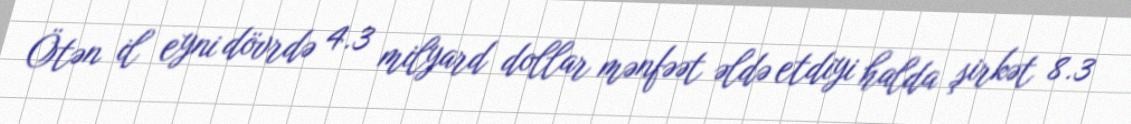
Ötən il eyni dövrdə 4.3 milyard dollar mənfəət əldə etdiyi halda şirkət 8.3